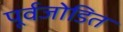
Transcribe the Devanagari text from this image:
पूर्वजोडित